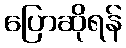
ပြောဆိုရန်